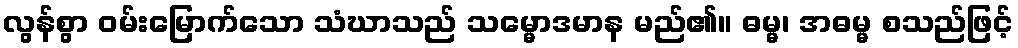
လွန်စွာ ဝမ်းမြောက်သော သံဃာသည် သမ္မောဒမာန မည်၏။ ဓမ္မ၊ အဓမ္မ စသည်ဖြင့်